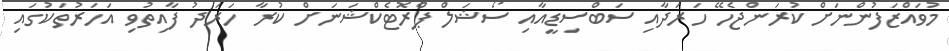
މުވައްޒަފުންނަށް ކުރަންޖެހޭ ހަރަދާއި ސަބްސިޑީއާއި ސޯޝަލް ޕްރޮޓެކްޝަނަށް ކުރާ ހަރަދު ފާއިތުވި އަހަރުތަކުގައި